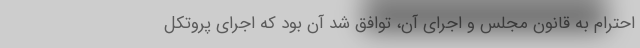
احترام به قانون مجلس و اجرای آن، توافق شد آن بود که اجرای پروتکل